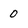
Character: 0